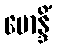
ဗောန္ဒိံ